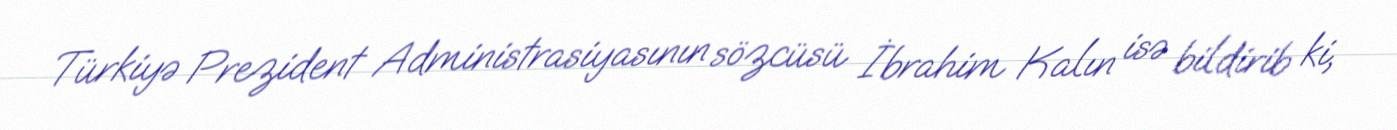
Türkiyə Prezident Administrasiyasının sözcüsü İbrahim Kalın isə bildirib ki,